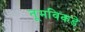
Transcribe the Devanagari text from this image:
नूमविकडे